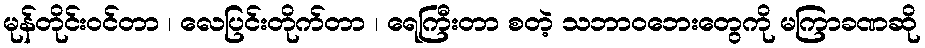
မုန်တိုင်းဝင်တာ ၊ လေပြင်းတိုက်တာ ၊ ရေကြီးတာ စတဲ့ သဘာဝဘေးတွေကို မကြာခဏဆို